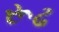
રૂઢ